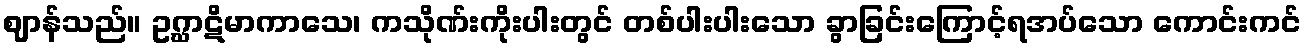
ဈာန်သည်။ ဥဂ္ဃာဋိမာကာသေ၊ ကသိုဏ်းကိုးပါးတွင် တစ်ပါးပါးသော ခွာခြင်းကြောင့်ရအပ်သော ကောင်းကင်